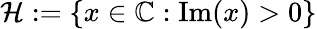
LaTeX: \mathcal{H}:=\{ x\in\mathbb{C}:\operatorname{Im}(x)>0\}